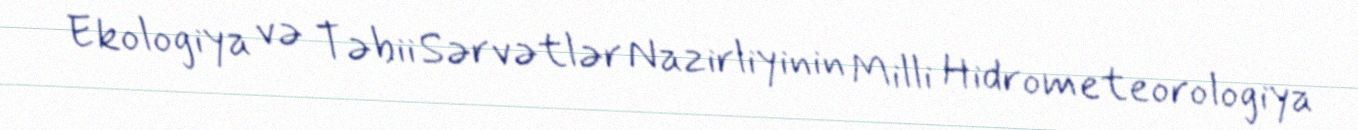
Ekologiya və Təbii Sərvətlər Nazirliyinin Milli Hidrometeorologiya